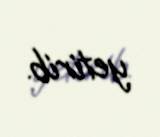
yetirib.